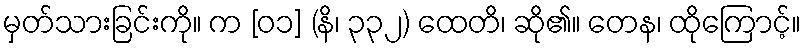
မှတ်သားခြင်းကို။ က [၀၁] (နိ၊ ၃၃၂) ထေတိ၊ ဆို၏။ တေန၊ ထိုကြောင့်။